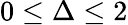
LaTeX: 0\leq\Delta\leq 2